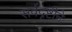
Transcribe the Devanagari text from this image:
सर्वदृष्टीने